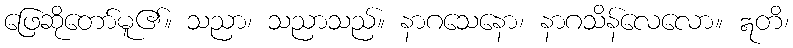
ဖြေဆိုတော်မူ၏။ သညာ၊ သညာသည်။ နာဂသေနော၊ နာဂသိန်လေလော။ ဣတိ၊